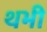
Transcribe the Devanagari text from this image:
थभी